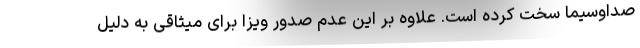
صداوسیما سخت کرده است. علاوه بر این عدم صدور ویزا برای میثاقی به دلیل